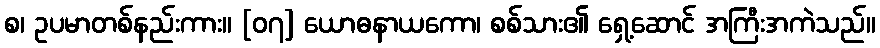
စ၊ ဥပမာတစ်နည်းကား။ [၀၇] ယောဓနာယကော၊ စစ်သား၏ ရှေ့ဆောင် အကြီးအကဲသည်။